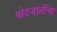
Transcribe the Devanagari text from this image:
पोटजातींचा